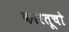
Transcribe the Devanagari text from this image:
कारतूचो